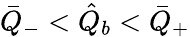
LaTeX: \bar{Q}_{-}<\hat{Q}_{b}<\bar{Q}_{+}